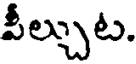
వీల్చుట.